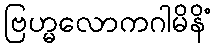
ဗြဟ္မလောကဂါမိနိံ